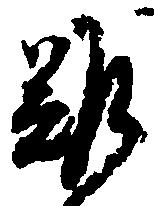
難